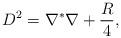
LaTeX: \begin{align*}D^2=\nabla^*\nabla+\frac{R}{4},\end{align*}